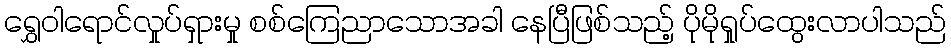
ရွှေဝါရောင်လှုပ်ရှားမှု စစ်ကြေညာသောအခါ နေပြီဖြစ်သည့် ပိုမိုရှုပ်ထွေးလာပါသည်